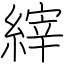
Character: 縡